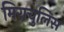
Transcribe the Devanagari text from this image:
मिराचुलिस